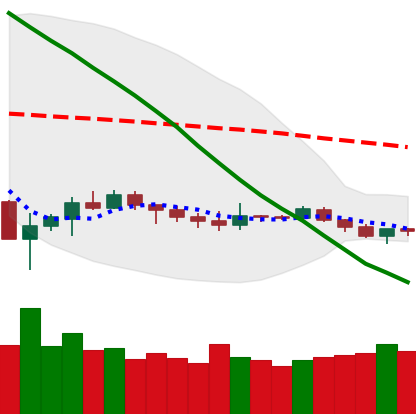
Ticker: ETH-USD
Chart end date: 2019-12-13
Forward return: -8.177%
Label: down_7plus